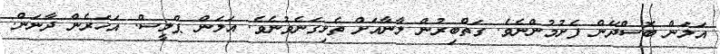
އަލަން ބޮސްދޭން ފެށުމުންނެވެ. ގަތްބިރުން ލާނާއަށް ތެޅިގަނެވުނެވެ. އަލަން ޕްލީސް. އަހަރެން ދާނަން.